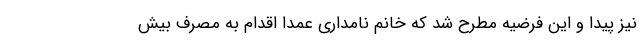
نیز پیدا و این فرضیه مطرح شد که خانم نامداری عمدا اقدام به مصرف بیش